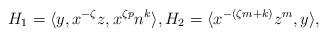
LaTeX: \begin{align*}H_1= \langle y,x^{-\zeta}z, x^{\zeta p}n^k\rangle,H_2=\langle x^{-(\zeta m+k)}z^m, y \rangle,\end{align*}